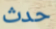
حدث